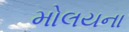
મોલયના